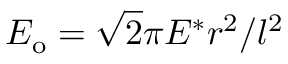
E _ { \mathrm { o } } = \sqrt { 2 } \pi E ^ { * } r ^ { 2 } / l ^ { 2 }